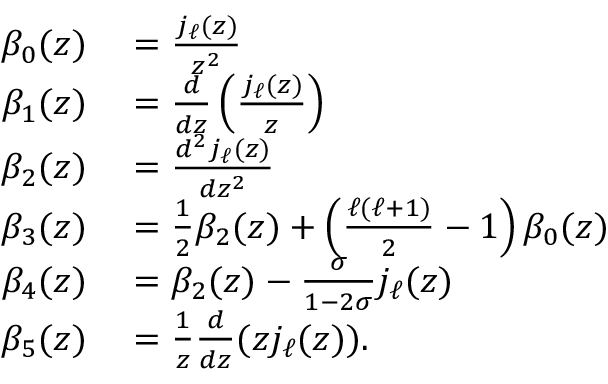
\begin{array} { r l } { \beta _ { 0 } ( z ) } & { { } = \frac { j _ { \ell } ( z ) } { z ^ { 2 } } } \\ { \beta _ { 1 } ( z ) } & { { } = \frac { d } { d z } \left( \frac { j _ { \ell } ( z ) } { z } \right) } \\ { \beta _ { 2 } ( z ) } & { { } = \frac { d ^ { 2 } j _ { \ell } ( z ) } { d z ^ { 2 } } } \\ { \beta _ { 3 } ( z ) } & { { } = \frac { 1 } { 2 } \beta _ { 2 } ( z ) + \left( \frac { \ell ( \ell + 1 ) } { 2 } - 1 \right) \beta _ { 0 } ( z ) } \\ { \beta _ { 4 } ( z ) } & { { } = \beta _ { 2 } ( z ) - \frac { \sigma } { 1 - 2 \sigma } j _ { \ell } ( z ) } \\ { \beta _ { 5 } ( z ) } & { { } = \frac 1 z \frac { d } { d z } ( z j _ { \ell } ( z ) ) . } \end{array}